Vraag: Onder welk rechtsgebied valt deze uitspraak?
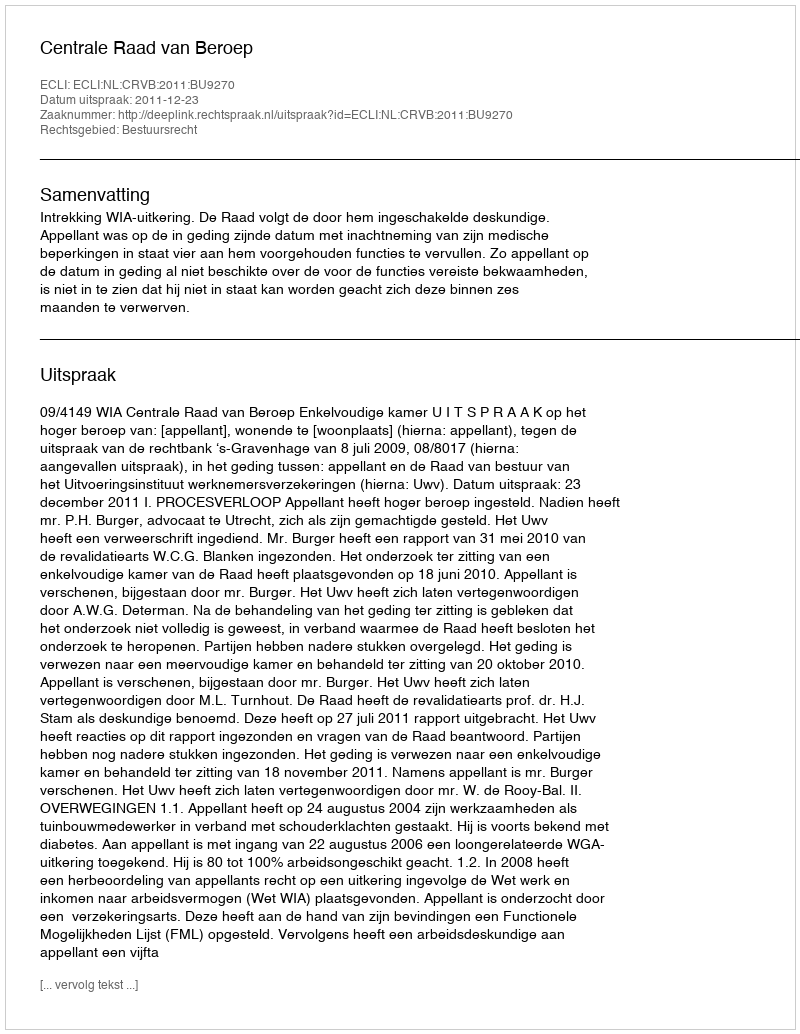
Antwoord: Bestuursrecht